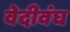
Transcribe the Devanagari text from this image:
वेदीवंघ